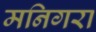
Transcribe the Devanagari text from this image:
मनिगरा